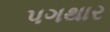
પગથાર